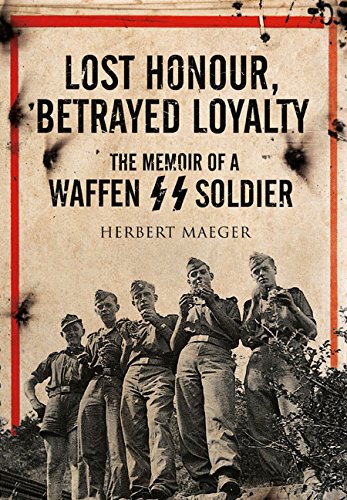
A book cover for Lost Honour, Betrayed Loyalty: The Memoir of a Waffen-SS Soldier; Herbert Maeger; Biographies & Memoirs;